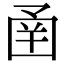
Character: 圅